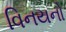
વિનયનો